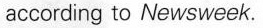
according to Newsweek.